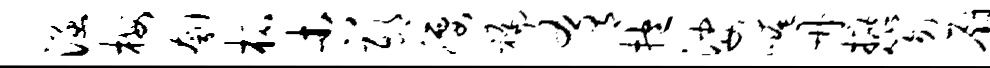
涵梅刳柘杏邸腰褊肴抱娑崦册摭笏厨